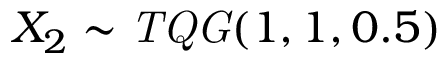
X _ { 2 } \sim \mathit { T Q G } ( 1 , 1 , 0 . 5 )